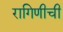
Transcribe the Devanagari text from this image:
रागिणीची